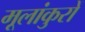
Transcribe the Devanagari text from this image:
मूलांकुरों